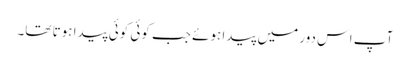
آپ اس دور میں پیدا ہوئے جب کوئی کوئی پیدا ہوتا تھا۔